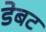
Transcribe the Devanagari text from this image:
डेबट